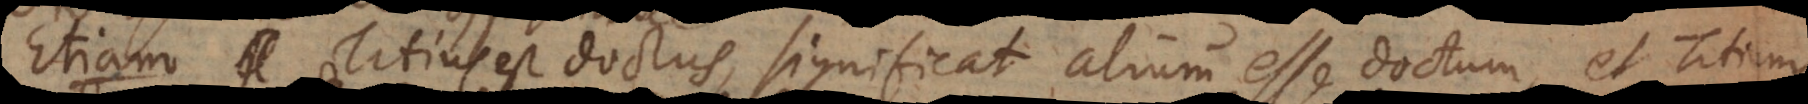
Etiam Titius est doctus, significat alium esse doctum, et Titium